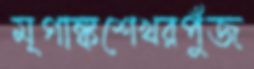
মৃগাঙ্কশেখরপুঁজ